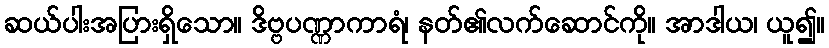
ဆယ်ပါးအပြားရှိသော။ ဒိဗ္ဗပဏ္ဏာကာရံ၊ နတ်၏လက်ဆောင်ကို။ အာဒါယ၊ ယူ၍။